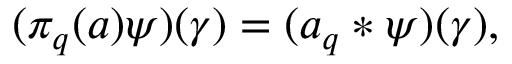
( \pi _ { q } ( a ) \psi ) ( \gamma ) = ( a _ { q } * \psi ) ( \gamma ) ,